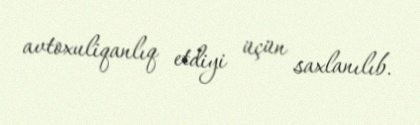
avtoxuliqanlıq etdiyi üçün saxlanılıb.